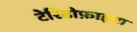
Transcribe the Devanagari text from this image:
टेरिडोफ़ाइटा